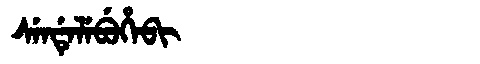
Manchu: ᠰᡝᠨᡩᡝᠯᡝᠪᡠᡥᡝᠪᡳ
Romanization: SENDELEBUHEBI